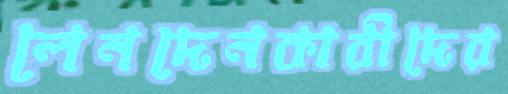
লেনদেনকারীদের